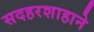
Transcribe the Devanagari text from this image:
सदहरशाहाने